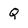
Character: Q